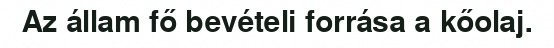
Az állam fő bevételi forrása a kőolaj.